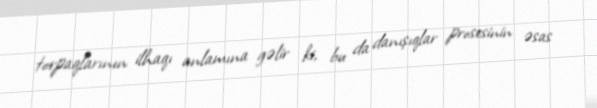
torpaqlarının ilhaqı anlamına gəlir ki, bu da danışıqlar prosesinin əsas